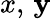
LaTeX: x,\, \mathbf{y}